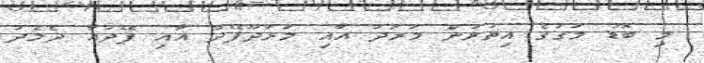
މި ބޮޑު މަގުގެ އިތުރުން މަރަދު އާއި މަރަދޫފޭދު އާއި ފޭދުއާ ދެމެދު